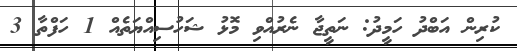
ކުރިން އަބްދު ހަމީދު: ނަތީޖާ ނެރުއްވި މޮޅު ޝަހުސިއްޔަތެއް 1 ހަފްތާ 3